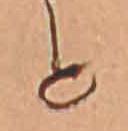
と